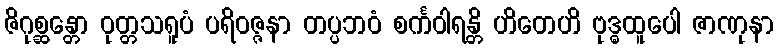
ဇိဂုစ္ဆန္တော ဝုတ္တသရူပံ ပရိဝဇ္ဇနာ တပ္ပဘဝံ စင်္ကဝါရန္တိ ဟိတေဟိ ဗုဒ္ဓထူပေါ ဇာဏုနာ